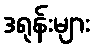
ဒရုန်းများ